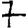
Digit: 7